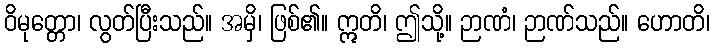
ဝိမုတ္တော၊ လွတ်ပြီးသည်။ အမှိ၊ ဖြစ်၏။ ဣတိ၊ ဤသို့။ ဉာဏံ၊ ဉာဏ်သည်။ ဟောတိ၊